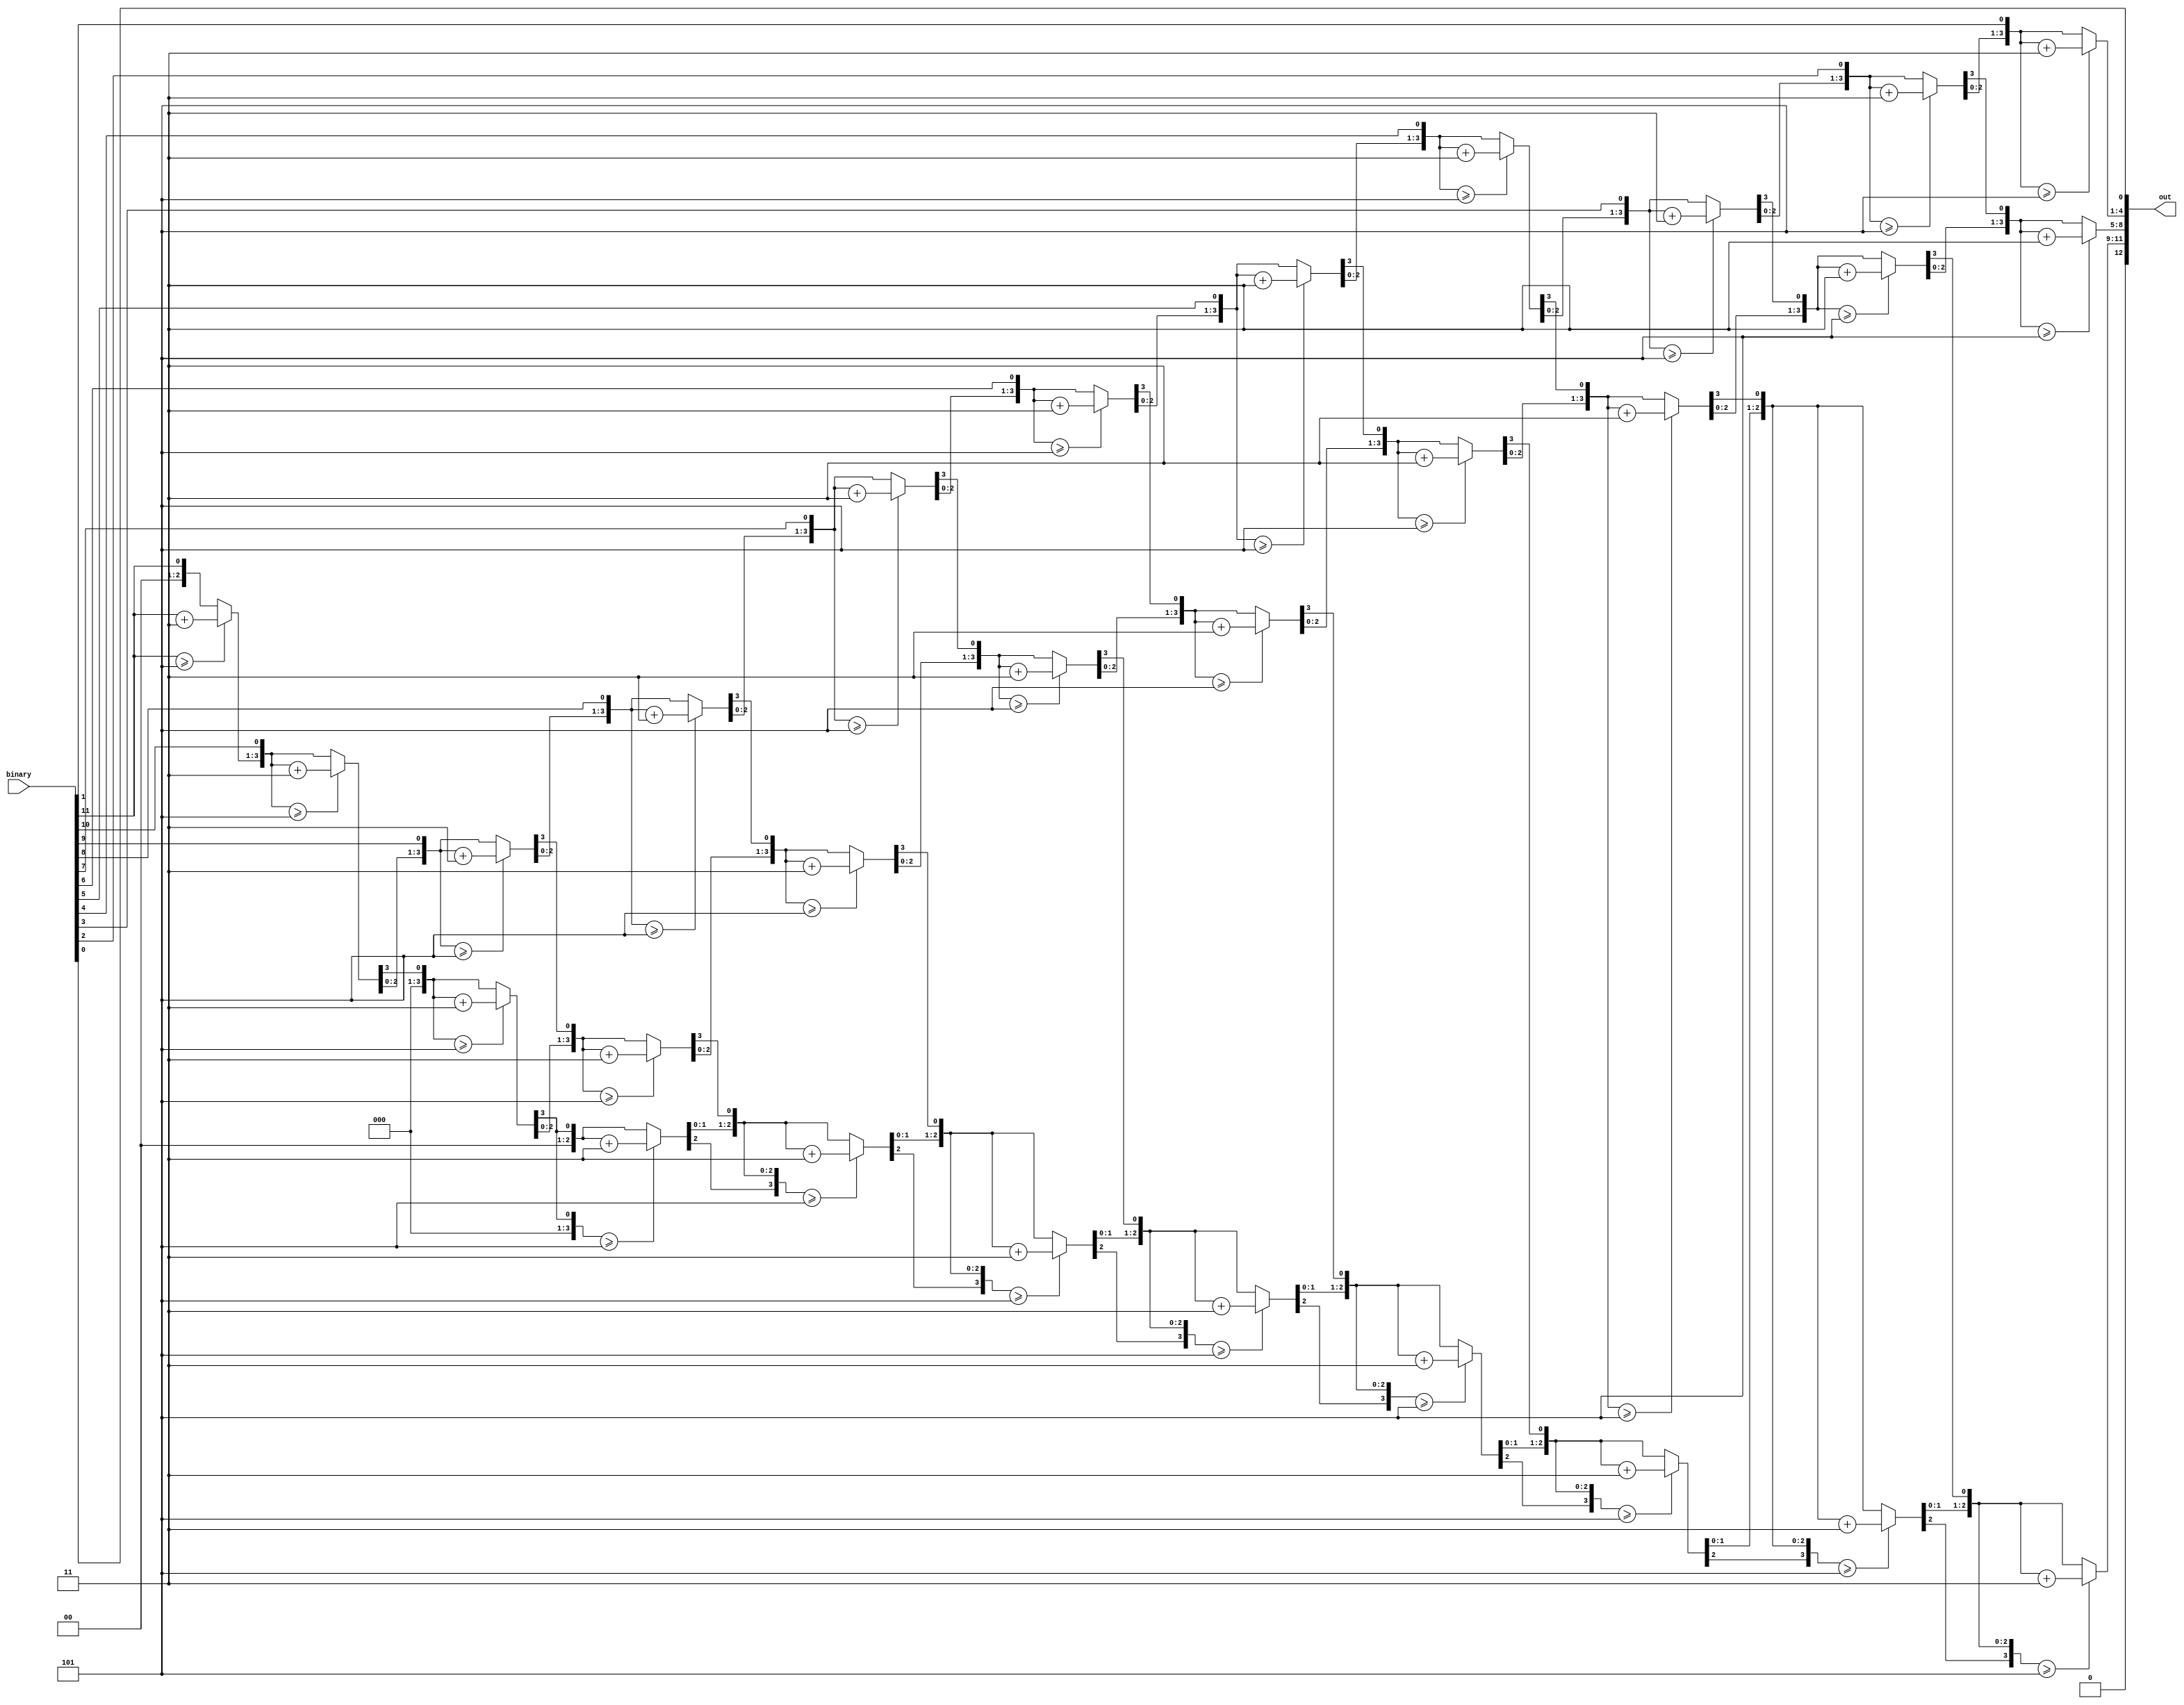

module bcd (input [11:0] binary,
			output reg [12:0] out
		   );
		   
	reg [3:0] hundreds;
	reg [3:0] tens;
	reg [3:0] ones;
	reg ready;
	
	integer i;
	always @(binary) begin
		ready = 1'b0;
		hundreds = 4'd0;
		tens = 4'd0;
		ones = 4'd0;
		
		for (i = 11; i>=0; i=i-1) begin
			if (hundreds >= 5)
				hundreds = hundreds + 3;
			if (tens >= 5)
				tens = tens + 3;
			if (ones >= 5)
				ones = ones + 3;
			hundreds = hundreds << 1;
			hundreds[0] = tens[3];
			tens = tens << 1;
			tens[0] = ones[3];
			ones = ones << 1;
			ones[0] = binary[i];
		end
		out = {hundreds[3:0],tens[3:0],ones[3:0]};
		ready = 1'b1;
	end
endmodule